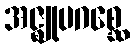
အဇ္ဈုပဂစ္ဆေ